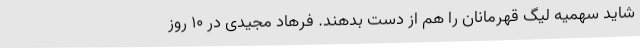
شاید سهمیه لیگ قهرمانان را هم از دست بدهند. فرهاد مجیدی در 10 روز